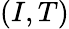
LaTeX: (I,T)